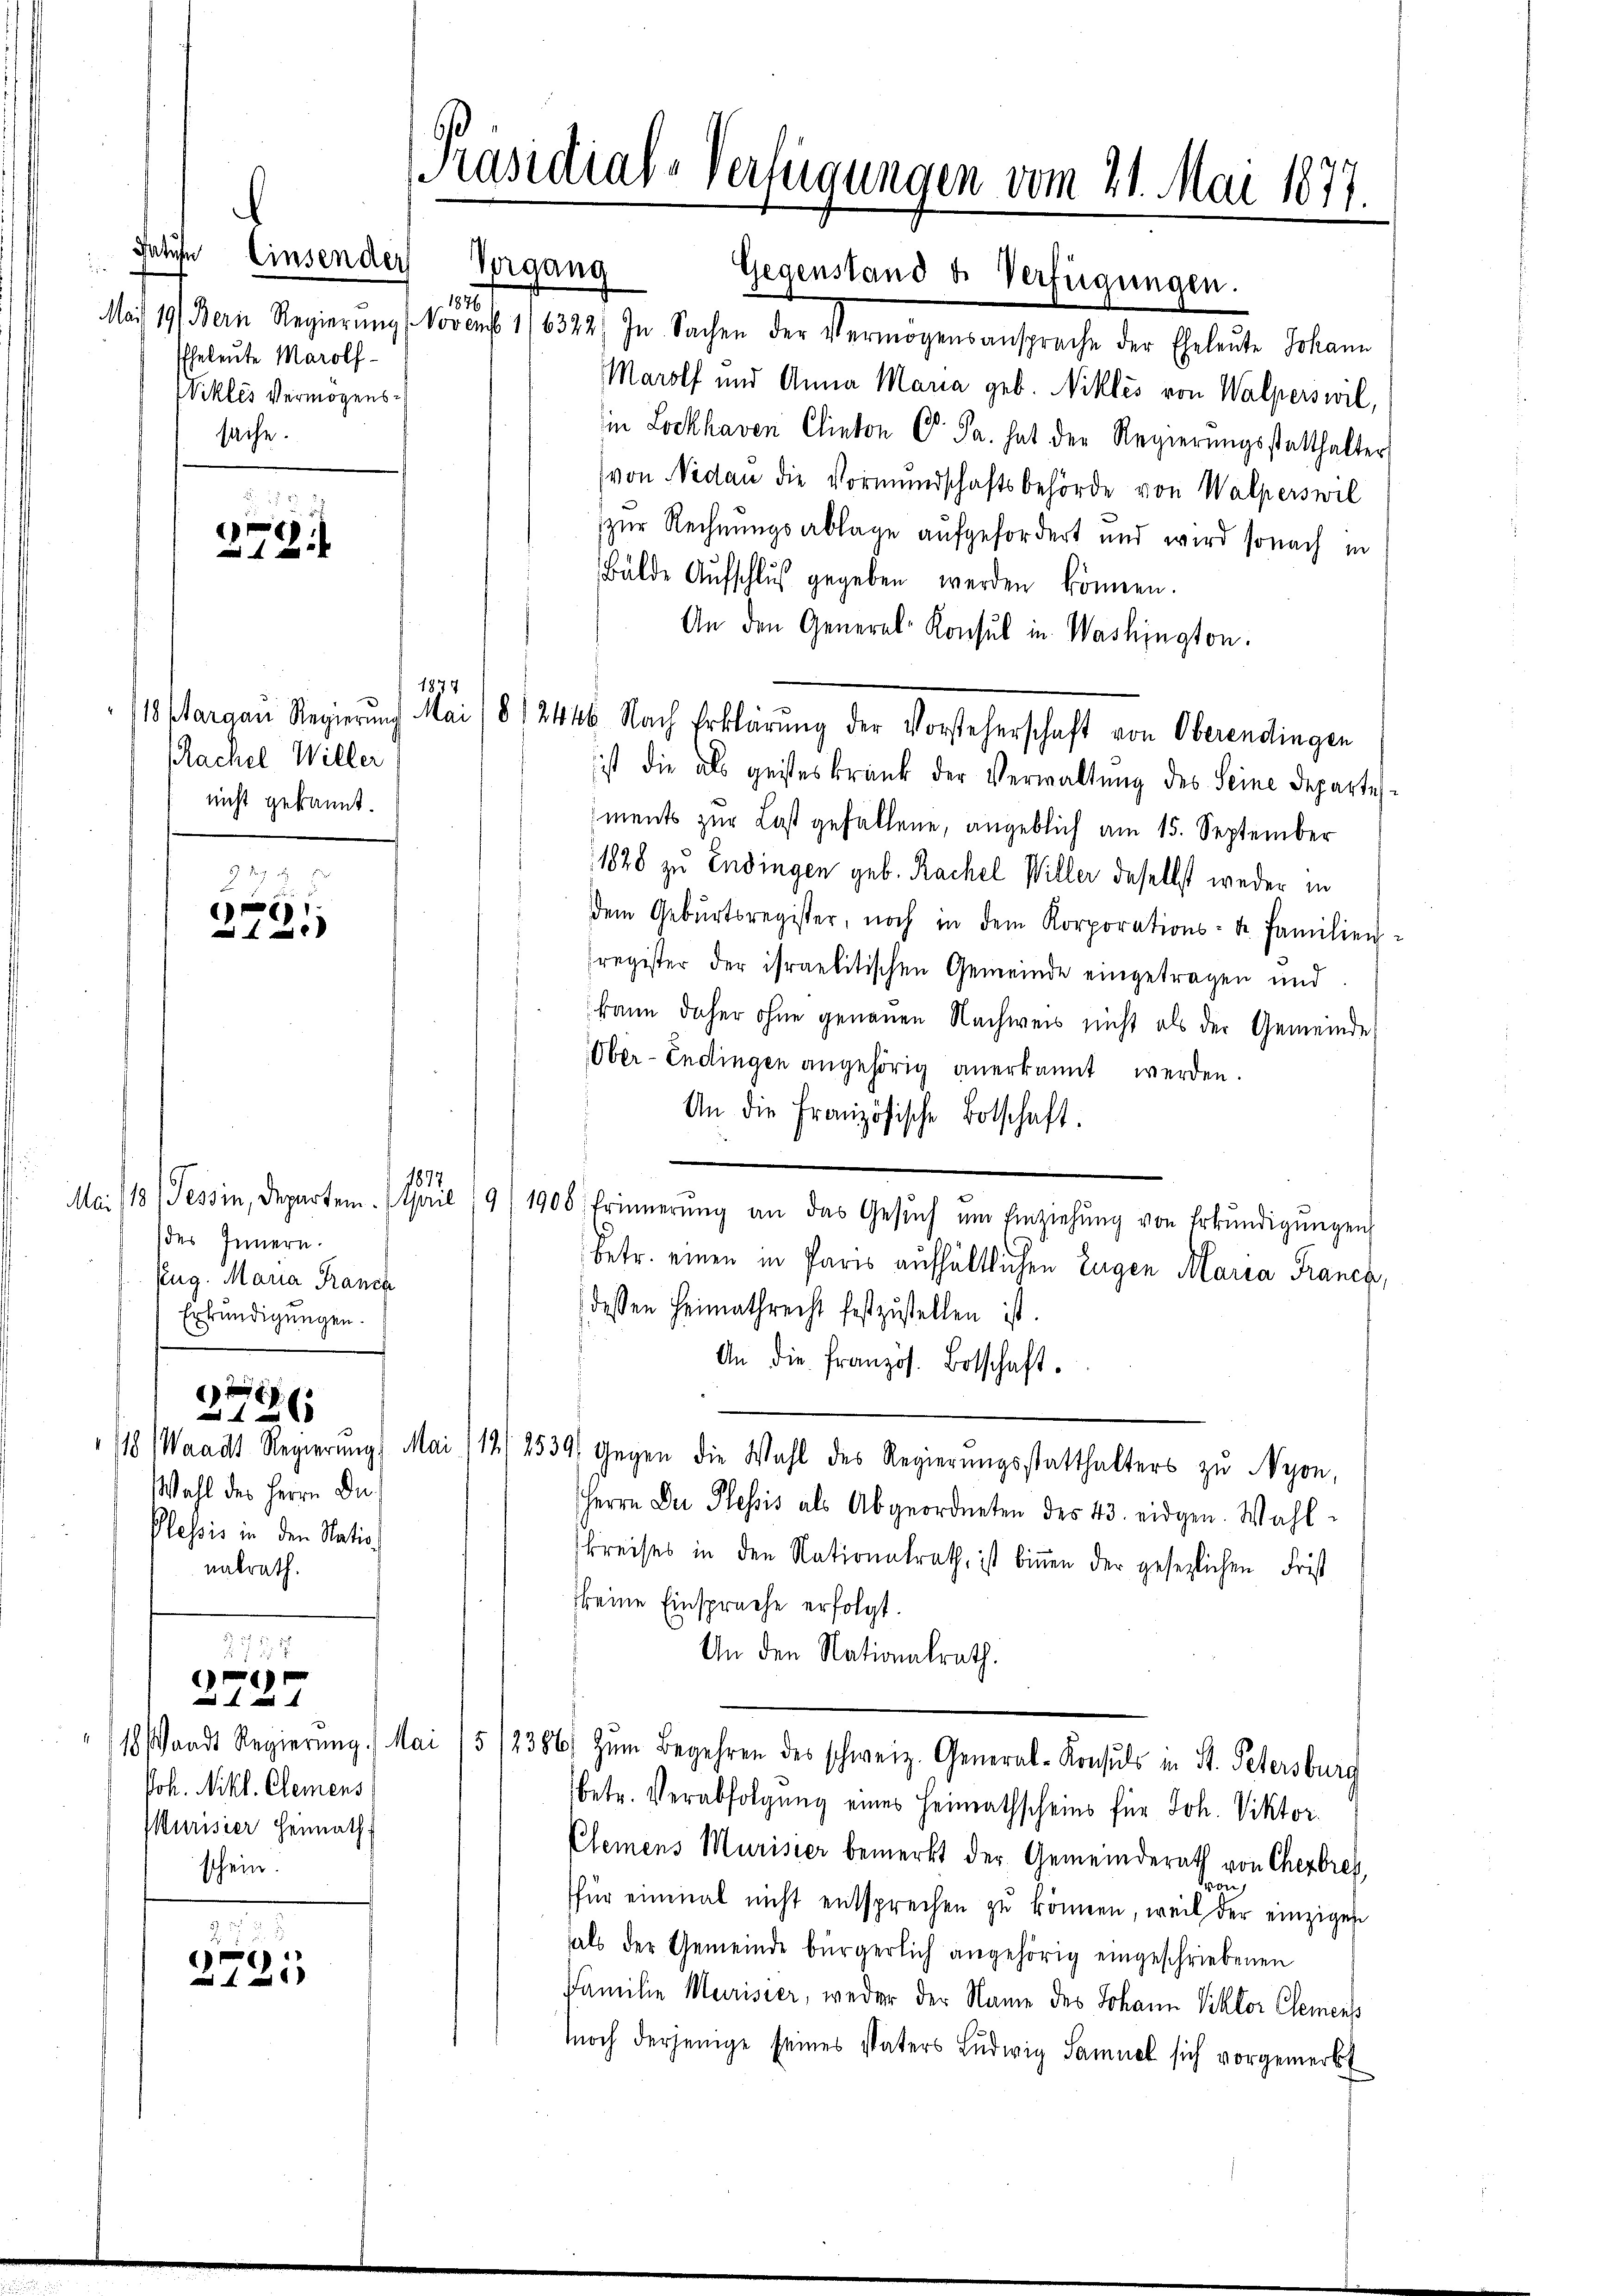
.
datier
Einsender Vorgang
die
Mai 19 Bern Regierung
Eheleute Marolf¬
Nikles Vermögenssache.

272

Machel Willer
nicht gekannt.

ich
21

e
 xx

Joh. Nikl. Clemens
Murisier Heimath
schein.

727
g

2791

18
li
(des Innern.
Zug. Maria Franck
Erkundigungen.
x
x
Wahl des Herrn De¬
Plessis in den Natio
nalrath.

[Präsidial-Verfügungen vom 21. Mai 1877.

Gegenstand u. Verfügungen.
3
NNovemb
6322. In Sachen der Vermögensansprache der Eheleute Johann
Marolf und Anna Maria geb. Nikles von Walperswil,
in Lockhaven Clinton C. Fr. hat der Regierungsstatthalter
(von Nidau die Vormundschaftsbehörde von Walperswil
zur Rechnungsablage aufgefordert und wird sonach in
Bälde Aufschluß gegeben werden können.
An den General-Konsul in Washington.
ist die als geisteskrank der Verwaltŭng des Seine Departes.
ments zur Last gefallene, angeblich am 15. September
1828 zu Endingen geb. Rachel Willer daselbst weder in
dem Gebŭrtsregister, noch in dem Korporations- u. Familien-
register der israelitischen Gemeinde eingetragen und
kann daher ohne genauen Nachweis nicht als der Gemeinde
Ober-Endingen angehörig anerkannt werden.
An die Französische Botschaft.
1897.
Tessin, Departen. April 19/1900 Erinnerŭng an das Gesŭch ŭm Einziehŭng von Erkŭndigŭngen
betr. einen in Paris aufhältlichen Eugen Maria Franck,
(dessen Heimathrecht festzustellen ist.
An die französ. Botschaft.
18 (Waadt Regierŭng Mai /19/2539) Gegen die Wahl des Regierŭngsstatthalters zŭ Nyon,
Herrn Der Plessis als Abgeordneten des 43. eidgen. Wahl
kreises in den Nationalrath, ist binnen der gesezlichen Frist
fkeine Einsprache erfolgt.
An den Nationalrath.
18 sandt Regierŭng. Mai 15/2386/ zŭm Begehren des schweiz. General-Konsuls in St. Petersburg
betr. Verabfolgung eines Heimathscheins für Joh. Viktor
Clemens Murisier bemerkt der Gemeinderath von Cherbres
für einmal nicht entsprechen zŭ kommen, weil der einzigen
als der Gemeinde bürgerlich angehörig eingeschriebenen
Familie Merisier, weder der Name des Johann Viktor Clements
noch derjenige seines Vaters Ludwig Samuel sich vorgemerkt

1874
10 Margau Regierung Mai 1812446. Nach Erklärŭng der Vorsteherschaft von Oberendingen